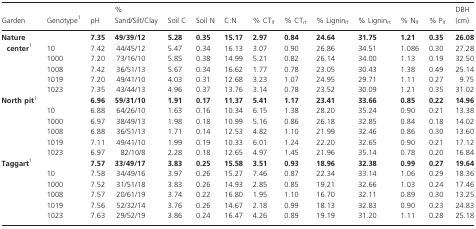
<table><thead><tr><td><b>Garden</b></td><td><b>Genotype1</b></td><td><b>pH</b></td><td><b>% Sand/Silt/Clay</b></td><td><b>Soil C</b></td><td><b>Soil N</b></td><td><b>C:N</b></td><td><b>% CT<sub>lf</sub></b></td><td><b>% CT<sub>rt</sub></b></td><td><b>% Lignin<sub>lf</sub></b></td><td><b>% Lignin<sub>rt</sub></b></td><td><b>% N<sub>lf</sub></b></td><td><b>% P<sub>lf</sub></b></td><td><b>DBH (cm)</b></td></tr></thead><tbody><tr><td rowspan="6"><b>Nature center</b>1</td><td></td><td><b>7.35</b></td><td><b>49/39/12</b></td><td><b>5.28</b></td><td><b>0.35</b></td><td><b>15.17</b></td><td><b>2.97</b></td><td><b>0.84</b></td><td><b>24.64</b></td><td><b>31.75</b></td><td><b>1.21</b></td><td><b>0.35</b></td><td><b>26.08</b></td></tr><tr><td>10</td><td>7.42</td><td>44/45/12</td><td>5.47</td><td>0.34</td><td>16.13</td><td>3.07</td><td>0.90</td><td>26.86</td><td>34.51</td><td>1.086</td><td>0.30</td><td>27.28</td></tr><tr><td>1000</td><td>7.20</td><td>73/16/10</td><td>5.85</td><td>0.38</td><td>14.99</td><td>5.21</td><td>0.82</td><td>26.14</td><td>34.00</td><td>1.13</td><td>0.19</td><td>32.50</td></tr><tr><td>1008</td><td>7.42</td><td>36/51/13</td><td>5.67</td><td>0.34</td><td>16.62</td><td>1.77</td><td>0.78</td><td>23.05</td><td>30.43</td><td>1.38</td><td>0.49</td><td>25.14</td></tr><tr><td>1019</td><td>7.20</td><td>49/41/10</td><td>4.03</td><td>0.31</td><td>12.68</td><td>3.23</td><td>1.07</td><td>24.95</td><td>29.71</td><td>1.11</td><td>0.27</td><td>9.75</td></tr><tr><td>1023</td><td>7.35</td><td>43/44/13</td><td>4.96</td><td>0.37</td><td>13.76</td><td>3.14</td><td>0.78</td><td>23.52</td><td>30.09</td><td>1.21</td><td>0.35</td><td>31.02</td></tr><tr><td rowspan="6"><b>North pit</b>1</td><td></td><td><b>6.96</b></td><td><b>59/31/10</b></td><td><b>1.91</b></td><td><b>0.17</b></td><td><b>11.37</b></td><td><b>5.41</b></td><td><b>1.17</b></td><td><b>23.41</b></td><td><b>33.66</b></td><td><b>0.85</b></td><td><b>0.22</b></td><td><b>14.96</b></td></tr><tr><td>10</td><td>6.88</td><td>64/26/10</td><td>1.63</td><td>0.16</td><td>10.34</td><td>6.15</td><td>1.38</td><td>28.20</td><td>35.24</td><td>0.90</td><td>0.21</td><td>13.38</td></tr><tr><td>1000</td><td>6.97</td><td>38/49/13</td><td>1.98</td><td>0.18</td><td>10.99</td><td>5.16</td><td>0.86</td><td>26.18</td><td>32.85</td><td>0.84</td><td>0.18</td><td>14.02</td></tr><tr><td>1008</td><td>6.88</td><td>36/51/13</td><td>1.71</td><td>0.14</td><td>12.53</td><td>4.82</td><td>1.10</td><td>21.99</td><td>32.46</td><td>0.86</td><td>0.30</td><td>13.60</td></tr><tr><td>1019</td><td>7.11</td><td>49/41/10</td><td>1.99</td><td>0.19</td><td>10.33</td><td>6.01</td><td>1.24</td><td>22.20</td><td>32.65</td><td>0.90</td><td>0.21</td><td>17.12</td></tr><tr><td>1023</td><td>6.97</td><td>82/10/8</td><td>2.28</td><td>0.18</td><td>12.65</td><td>4.97</td><td>1.45</td><td>21.96</td><td>35.14</td><td>0.78</td><td>0.20</td><td>16.84</td></tr><tr><td rowspan="6"><b>Taggart</b>1</td><td></td><td><b>7.57</b></td><td><b>33/49/17</b></td><td><b>3.83</b></td><td><b>0.25</b></td><td><b>15.58</b></td><td><b>3.51</b></td><td><b>0.93</b></td><td><b>18.96</b></td><td><b>32.38</b></td><td><b>0.99</b></td><td><b>0.27</b></td><td><b>19.64</b></td></tr><tr><td>10</td><td>7.58</td><td>34/49/16</td><td>3.97</td><td>0.26</td><td>15.27</td><td>7.46</td><td>0.87</td><td>22.34</td><td>33.14</td><td>1.06</td><td>0.29</td><td>18.36</td></tr><tr><td>1000</td><td>7.52</td><td>31/51/18</td><td>3.83</td><td>0.26</td><td>14.93</td><td>2.85</td><td>0.85</td><td>19.21</td><td>32.66</td><td>1.03</td><td>0.24</td><td>17.46</td></tr><tr><td>1008</td><td>7.57</td><td>20/61/19</td><td>3.74</td><td>0.22</td><td>16.80</td><td>1.95</td><td>1.10</td><td>16.70</td><td>32.11</td><td>0.89</td><td>0.30</td><td>13.25</td></tr><tr><td>1019</td><td>7.56</td><td>52/32/14</td><td>3.76</td><td>0.26</td><td>14.67</td><td>2.18</td><td>0.99</td><td>18.13</td><td>32.83</td><td>0.90</td><td>0.23</td><td>24.83</td></tr><tr><td>1023</td><td>7.63</td><td>29/52/19</td><td>3.86</td><td>0.24</td><td>16.47</td><td>4.26</td><td>0.89</td><td>19.19</td><td>31.20</td><td>1.11</td><td>0.28</td><td>25.18</td></tr></tbody></table>